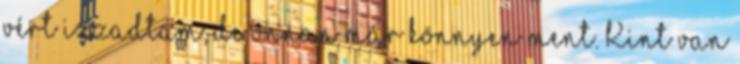
vért izzadtam, de onnan már könnyen ment. Kint van